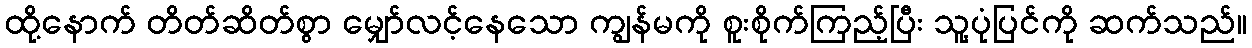
ထို့နောက် တိတ်ဆိတ်စွာ မျှော်လင့်နေသော ကျွန်မကို စူးစိုက်ကြည့်ပြီး သူ့ပုံပြင်ကို ဆက်သည်။